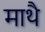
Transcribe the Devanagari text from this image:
माथै